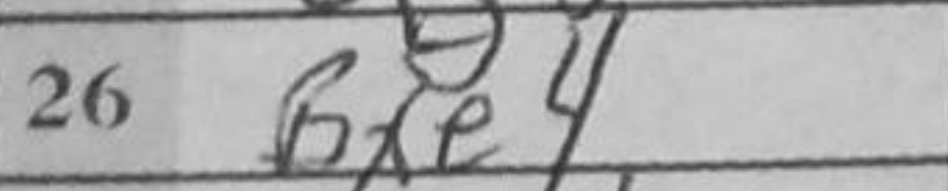
Transcription: Bxe4